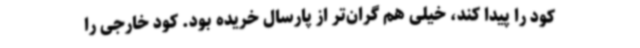
کود را پیدا کند، خیلی هم گران‌تر از پارسال خریده بود. کود خارجی را